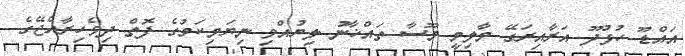
އައްޑޫ ހުޅުދޫ އަރާއިރަގޭ މާލިމީ މޫސާ ތައްޚާނު ލިޔުއްވި ނިޔަމިކަމުގެ ފޮތް ދިވެހިރާއްޖޭގެ